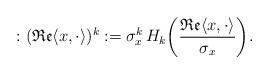
LaTeX: \begin{align*}:(\mathfrak{Re}\langle x,\cdot \rangle)^k:=\sigma_x^k\, H_k\bigg(\frac{\mathfrak{Re}\langle x,\cdot\rangle}{\sigma_x}\bigg).\end{align*}